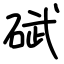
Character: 碔